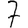
Digit: 7